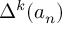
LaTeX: \Delta ^ { k } ( a _ { n } )